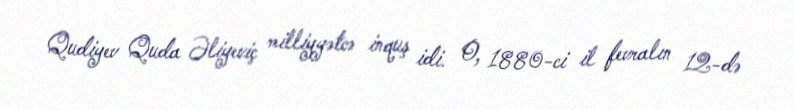
Qudiyev Quda Əliyeviç milliyyətcə inquş idi. O, 1880-ci il fevralın 12-də